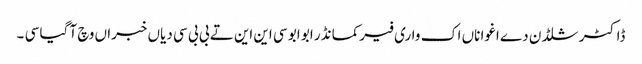
ڈاکٹر شلڈن دے اغوا ناں اک واری فیرکمانڈر ابو ابو سی این این تے بی بی سی دیاں خبراں وچ آ گیا سی ۔